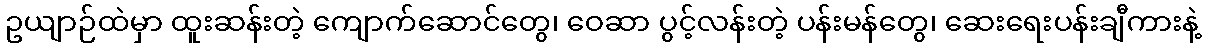
ဥယျာဉ်ထဲမှာ ထူးဆန်းတဲ့ ကျောက်ဆောင်တွေ၊ ဝေဆာ ပွင့်လန်းတဲ့ ပန်းမန်တွေ၊ ဆေးရေးပန်းချီကားနဲ့